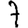
Digit: 7